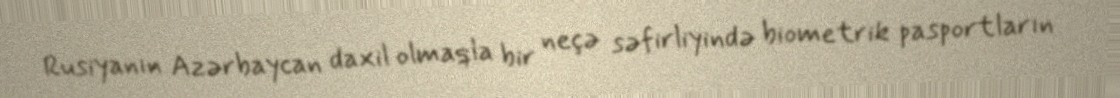
Rusiyanın Azərbaycan daxil olmaqla bir neçə səfirliyində biometrik pasportların